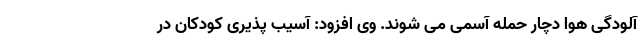
آلودگی هوا دچار حمله آسمی می شوند. وی افزود: آسیب پذیری کودکان در